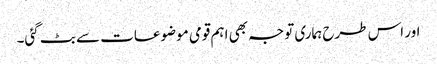
اور اس طرح ہماری توجہ بھی اہم قومی موضوعات سے بٹ گئی۔